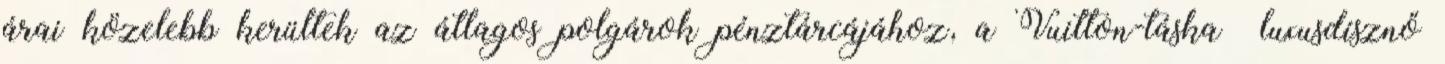
árai közelebb kerültek az átlagos polgárok pénztárcájához, a Vuitton-táska luxusdísznő